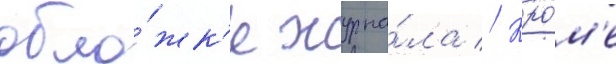
обло́жк'е журна́ла // Кро́м'е